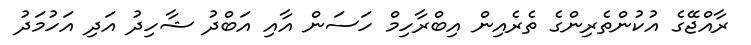
ރާއްޖޭގެ އުކުންތެރިންގެ ތެރެއިން އިބްރާހިމް ހަސަން އާއި އަބްދު ޝާހިދު އަދި އަހުމަދު